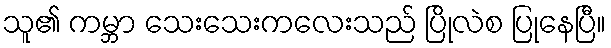
သူ၏ ကမ္ဘာ သေးသေးကလေးသည် ပြိုလဲစ ပြုနေပြီ။